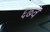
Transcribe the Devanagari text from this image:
६७वे